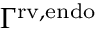
\Gamma ^ { \mathrm { { r v , e n d o } } }